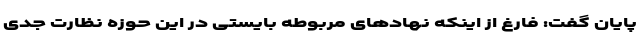
پایان گفت: فارغ از اینکه نهادهای مربوطه بایستی در این حوزه نظارت جدی